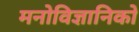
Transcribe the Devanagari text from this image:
मनोविज्ञानिको